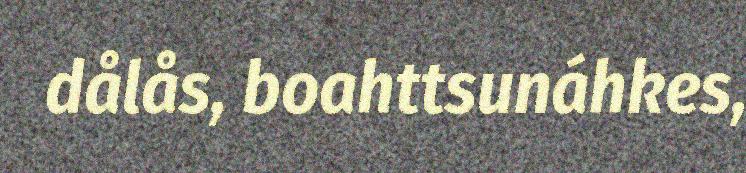
dålås, boahttsunáhkes,